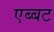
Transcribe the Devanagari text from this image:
एब्बट